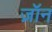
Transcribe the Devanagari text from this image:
ज़ॉन